Lunatic asylums in Bengal annual reports 1912-1924 - 1912-1924
Year: 1912
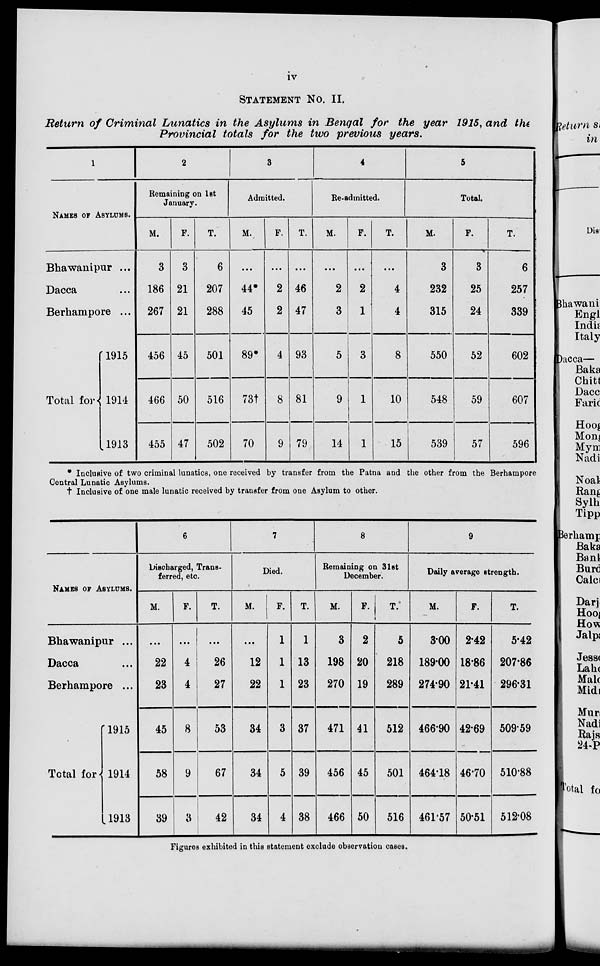
iv
STATEMENT No. II.
Return of Criminal Lunatics in the Asylums in Bengal for the year 1915, and the
Provincial totals for the two previous years.
1
NAMES OF ASYLUMS.
Bhawanipur ...
Dacca ...
Berhampore ...
Total for
1915
1914
1913
2
Remaining on 1st
January.
M.
3
186
267
456
466
455
F.
3
21
21
45
50
47
T.
6
207
288
501
516
502
3
Admitted.
M.
...
44*
45
89*
73†
70
F.
...
2
2
4
8
9
T.
...
46
47
93
81
79
4
Re-admitted.
M.
...
2
3
5
9
14
F.
...
2
1
3
1
1
T.
...
4
4
8
10
15
5
Total.
M.
3
232
315
550
548
539
F.
3
25
24
52
59
57
T.
6
257
339
602
607
596
* Inclusive of two criminal lunatics, one received by transfer from the Patna and the other from the Berhampore
Central Lunatic Asylums.
† Inclusive of one male lunatic received by transfer from one Asylum to other.
NAMES OF ASYLUMS.
Bhawanipur ...
Dacca ...
Berhampore ...
Total for
1915
1914
1913
6
Discharged, Trans-
ferred, etc.
M.
...
22
23
45
58
39
F.
...
4
4
8
9
3
T.
...
26
27
53
67
42
7
Died.
M.
...
12
22
34
34
34
F.
1
1
1
3
5
4
T.
1
13
23
37
39
38
8
Remaining on 31st
December.
M.
3
198
270
471
456
466
F.
2
20
19
41
45
50
T.
5
218
289
512
501
516
9
Daily average strength.
M.
3.00
189.00
274.90
466.90
464.18
461.57
F.
2.42
18.86
21.41
42.69
46.70
50.51
T.
5.42
207.86
296.31
509.59
510.88
512.08
Figures exhibited in this statement exclude observation cases.